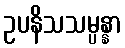
ဥပနိသသမ္ပန္နာ